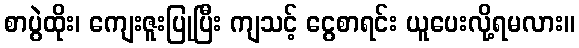
စာပွဲထိုး၊ ကျေးဇူးပြုပြီး ကျသင့် ငွေစာရင်း ယူပေးလို့ရမလား။